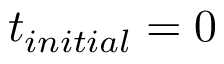
t _ { i n i t i a l } = 0